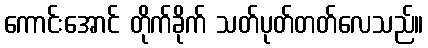
ကောင်းအောင် တိုက်ခိုက် သတ်ပုတ်တတ်လေသည်။